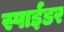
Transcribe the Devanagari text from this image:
स्पाईडर